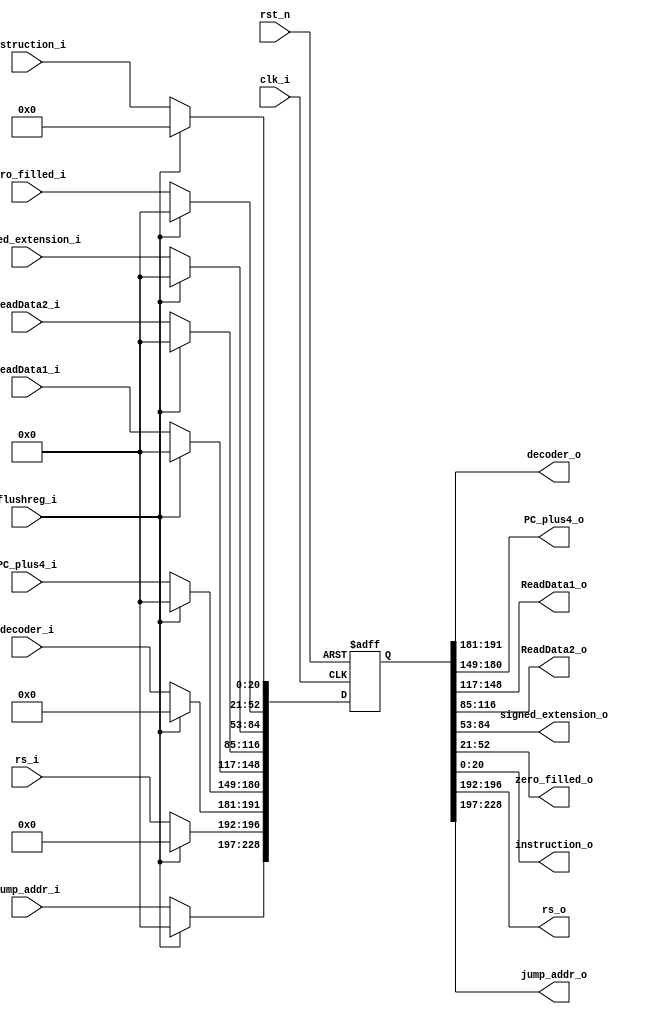
module reg_ID_EX (clk_i, rst_n, flushreg_i, decoder_i, PC_plus4_i, ReadData1_i, ReadData2_i, signed_extension_i, zero_filled_i, instruction_i, rs_i , jump_addr_i,
 decoder_o, PC_plus4_o, ReadData1_o, ReadData2_o, signed_extension_o, zero_filled_o, instruction_o, rs_o, jump_addr_o);

input wire clk_i, rst_n, flushreg_i;
input wire [11-1:0] decoder_i;
input wire [32-1:0] PC_plus4_i;
input wire [32-1:0] ReadData1_i, ReadData2_i, signed_extension_i, zero_filled_i;
input wire [21-1:0] instruction_i;
input wire [5-1:0] rs_i;		//Forwarding Unit ( IE_rs ) need rs value
input wire [32-1:0] jump_addr_i;

output wire [11-1:0] decoder_o;
output wire [32-1:0] PC_plus4_o;
output wire [32-1:0] ReadData1_o, ReadData2_o, signed_extension_o, zero_filled_o;
output wire [21-1:0] instruction_o;
output wire [5-1:0] rs_o;	//Forwarding Unit need rs value
output wire [32-1:0] jump_addr_o;

reg [229-1:0] reg1,reg1_w;

always @(*) begin
	if( flushreg_i ) reg1_w = 229'd0;
	else begin
		reg1_w[228:197] = jump_addr_i;
		reg1_w[196:192] = rs_i;
		reg1_w[191:181] = decoder_i;
		reg1_w[180:149] = PC_plus4_i;
		reg1_w[148:117] = ReadData1_i;
		reg1_w[116:85] = ReadData2_i;
		reg1_w[84:53] = signed_extension_i;
		reg1_w[52:21] = zero_filled_i;
		reg1_w[20:0] = instruction_i;
	end
end
	
always @(posedge clk_i or negedge rst_n) begin
	if(rst_n==0) begin
		reg1 <= 0;
	end
	else begin
		reg1 <= reg1_w;
	end
end

assign jump_addr_o = reg1[228:197];
assign rs_o = reg1[196:192];
assign decoder_o = reg1 [191:181];
assign PC_plus4_o = reg1[180:149];
assign ReadData1_o = reg1[148:117];
assign ReadData2_o = reg1[116:85];
assign signed_extension_o = reg1[84:53];
assign zero_filled_o = reg1[52:21];
assign instruction_o = reg1[20:0];
endmodule